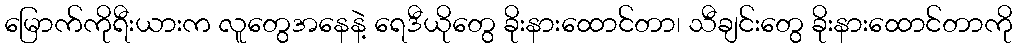
မြောက်ကိုရီးယားက လူတွေအနေနဲ့ ရေဒီယိုတွေ ခိုးနားထောင်တာ၊ သီချင်းတွေ ခိုးနားထောင်တာကို